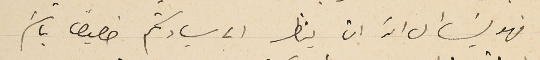
فهو يسَأل انه ان ينظر الى سيادتكم خصيصًا باسَم